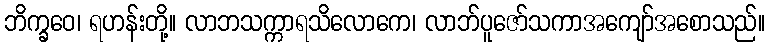
ဘိက္ခဝေ၊ ရဟန်းတို့။ လာဘသက္ကာရသိလောကေ၊ လာဘ်ပူဇော်သကာအကျော်အစောသည်။